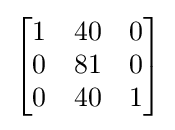
{\begin{bmatrix}1&40&0\\0&81&0\\0&40&1\end{bmatrix}}